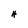
Character: H